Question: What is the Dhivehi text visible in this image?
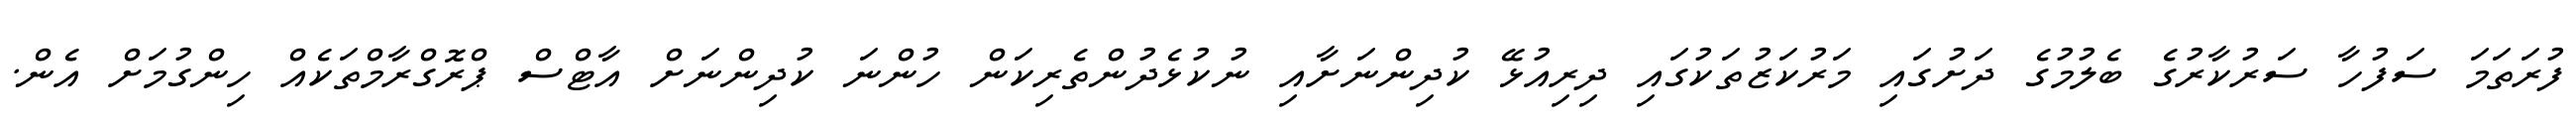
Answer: ފުރަތަމަ ސަފުހާ ސަރުކާރުގެ ބެލުމުގެ ދަށުގައި މަރުކަޒުތަކުގައި ދިރިއުޅޭ ކުދިންނަށާއި ނުކުޅެދުންތެރިކަން ހުންނަ ކުދިންނަށް އާޓްސް ޕްރޮގްރާމްތަކެއް ހިންގުމަށް އެން.